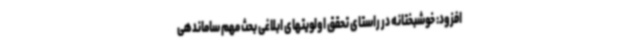
افزود: خوشبختانه در راستای تحقق اولویتهای ابلاغی بحث مهم ساماندهی